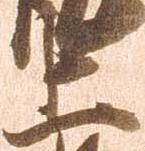
上